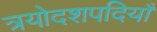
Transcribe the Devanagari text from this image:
त्रयोदशपदियाँ